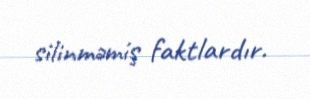
silinməmiş faktlardır.